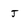
Character: J